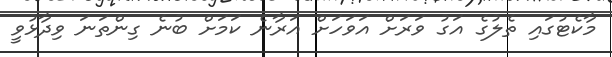
މާކެޓުގައި ތެލުގެ އަގު ވަރަށް އަވަހަށް އަރާނެ ކަމަށް ބުނެ ގިންތަނަ ވިދާޅުވީ